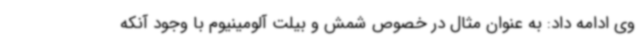
وی ادامه داد: به عنوان مثال در خصوص شمش و بیلت آلومینیوم با وجود آنکه